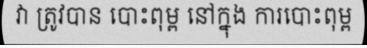
វា ត្រូវបាន បោះពុម្ព នៅក្នុង ការបោះពុម្ព